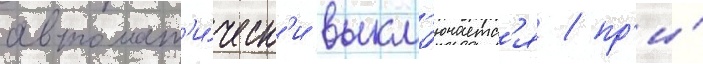
автомат'и́ческ'и выкл'ючаетс'я / пр'и́